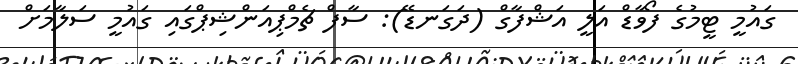
ގައުމީ ޓީމުގެ ފޯވާޑް އަލީ އަޝްފާގް (ދަގަނޑޭ): ސާފް ޗެމްޕިއަންޝިޕްގައި ގައުމީ ސަލާމަށް